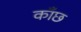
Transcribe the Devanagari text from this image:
काँछ